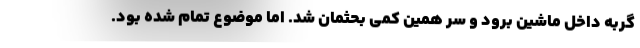
گربه داخل ماشین برود و سر همین کمی بحثمان شد. اما موضوع تمام شده بود.